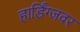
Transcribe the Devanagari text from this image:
हार्डिंग्जवर